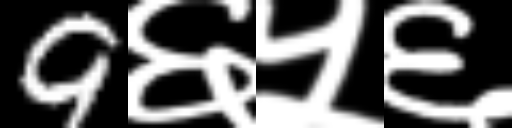
Text: 9६५६